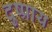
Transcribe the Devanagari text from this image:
दुष्प्राय